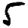
Digit: 5